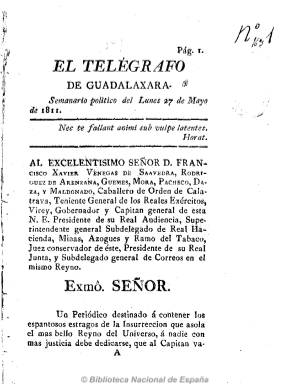
Título: El Telégrafo de Guadalaxara
Otros títulos: Telégrafo de Guadalajara
Colección: Periódicos anteriores a 1850
Ámbito geográfico: México
Lugar de publicación: Guadalajara (México)
Fechas: 27/05/1811-10/06/1811

Subtitulado como “semanario político”, fue editado y redactado por el presbítero criollo José Francisco Severo Maldonado a partir del 27 de mayo de 1811, que hasta pocas semanas antes había editado y redactado también El despertador americano (1810-1811), considerado como el primer periódico insurgente de América. Este radical cambio en la actitud de quien iba a ser también diputado doceañista se debió casi con toda seguridad para conseguir su indulto y salvar así su vida. Maldonado aceptó dirigir este semanario de carácter realista y que salía los lunes, en el que atacó despiadadamente al también clérigo Miguel Hidalgo, líder del considerado primer movimiento independentista, de cuyo levantamiento militar se ha escrito que lo fue, aceptando la autoridad de Fernando VII, con la pretensión de que los criollos participaran en la constitución de una Junta al modo de las que se habían constituido en la España invadida por las tropas napoleónicas. En su primer número, el periódico fue dedicado al virrey, cargo que ostentaba en ese momento Francisco Javier Venegas, y en el mismo se incluye un “Discurso a los habitantes de América”. En su segundo número se informa de la excomunión de Hidalgo, que fue ejecutado por el Santo Oficio de la Inquisición de México. Fue un periódico de ocho páginas, que editó 82 números, hasta el 24 de febrero de 1813, sin pie de imprenta, pero estampado por José Fructo Romero, cuyo taller había sido incautado por las autoridades. Además de artículos doctrinales y políticos, insertó noticias locales, dando cuenta de las diferentes ejecuciones que se dictaron tras el sofocamiento del levantamiento insurgente. Aunque el semanario fue destinado a atacar al movimiento emancipador, en sus artículos se adivina un espíritu protoliberal e ilustrado, propio de quien era su redactor.